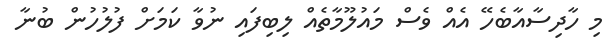
މި ހާދިސާއާބެހޭ އެއް ވެސް މައުލޫމާތެއް ލިބިފައި ނުވާ ކަމަށް ފުލުހުން ބުނާ